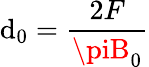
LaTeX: \mathrm{d}_{0}=\frac{{2F}}{{\piB_{0}}}